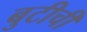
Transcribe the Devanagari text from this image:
बुटीची